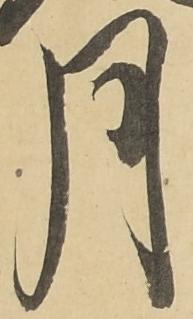
月